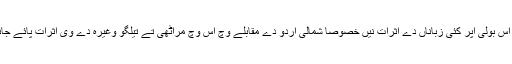
اردو دی اس بولی اُپر کئی زباناں دے اثرات نیں خصوصاً شمالی اردو دے مقابلے وچ اس وچ مراٹھی تے تیلگو وغیرہ دے وی اثرات پائے جاندے نیں۔